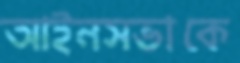
আইনসভাকে